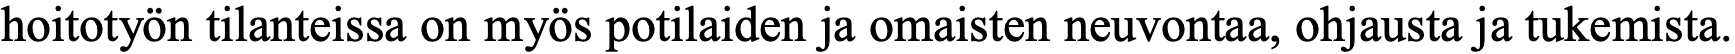
hoitotyön tilanteissa on myös potilaiden ja omaisten neuvontaa, ohjausta ja tukemista.